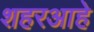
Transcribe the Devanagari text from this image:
शहरआहे